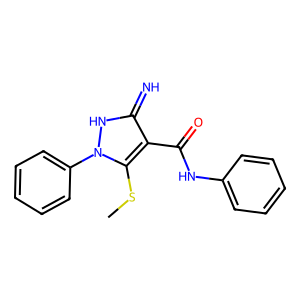
SMILES: CSc1c(C(=O)Nc2ccccc2)c(=N)[nH]n1-c1ccccc1
Inhibits HIV replication: No